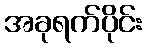
အခုရက်ပိုင်း